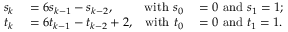
\begin{array} { r l r l } { s _ { k } } & { { } = 6 s _ { k - 1 } - s _ { k - 2 } , } & { { \mathrm { w i t h ~ } } s _ { 0 } } & { { } = 0 { \mathrm { ~ a n d ~ } } s _ { 1 } = 1 ; } \\ { t _ { k } } & { { } = 6 t _ { k - 1 } - t _ { k - 2 } + 2 , } & { { \mathrm { w i t h ~ } } t _ { 0 } } & { { } = 0 { \mathrm { ~ a n d ~ } } t _ { 1 } = 1 . } \end{array}